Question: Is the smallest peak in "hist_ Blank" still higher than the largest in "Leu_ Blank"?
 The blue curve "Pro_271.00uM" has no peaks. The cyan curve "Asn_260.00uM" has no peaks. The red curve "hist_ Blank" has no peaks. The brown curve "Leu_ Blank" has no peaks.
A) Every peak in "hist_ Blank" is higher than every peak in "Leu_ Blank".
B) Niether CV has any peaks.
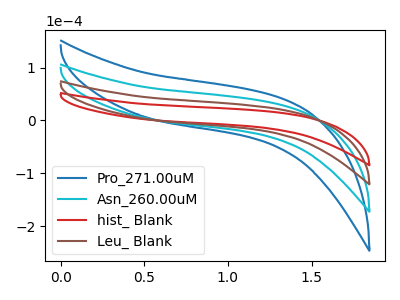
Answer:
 <answer>B) Niether CV has any peaks.</answer>
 <eval>B</eval>